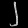
Digit: ၂